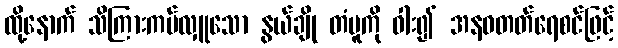
ထို့နောက် သိကြားကပ်လှူသော နွယ်ချို တံပူကို ဝါး၍ အနဝတတ်ရေစင်ဖြင့်